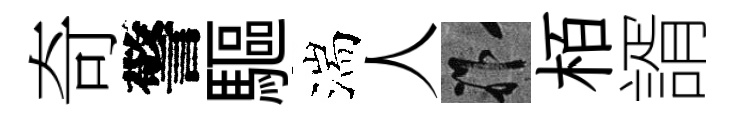
奇警驅湍人祚栢諝